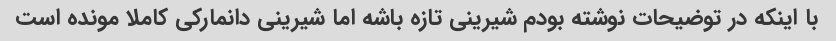
با اینکه در توضیحات نوشته بودم شیرینی تازه باشه اما شیرینی دانمارکی کاملا مونده است